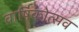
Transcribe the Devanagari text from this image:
वार्षिकोत्‍सव